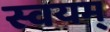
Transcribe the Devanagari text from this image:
स्वयम्‌